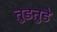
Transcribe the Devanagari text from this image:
तुडतुडे